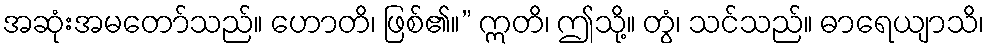
အဆုံးအမတော်သည်။ ဟောတိ၊ ဖြစ်၏။” ဣတိ၊ ဤသို့။ တွံ၊ သင်သည်။ ဓာရေယျာသိ၊